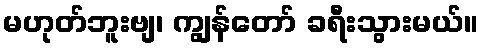
မဟုတ်ဘူးဗျ၊ ကျွန်တော် ခရီးသွားမယ်။